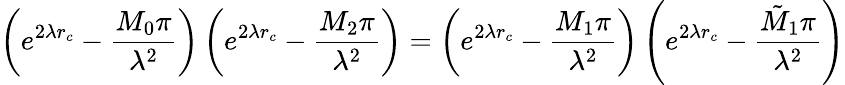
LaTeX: \left(e^{2\lambda r_{c}}-\frac{M_{0}\pi}{\lambda^{2}}\right)\left(e^{2\lambda r_{c}}-\frac{M_{2}\pi}{\lambda^{2}}\right)=\left(e^{2\lambda r_{c}}-\frac{M_{1}\pi}{\lambda^{2}}\right)\left(e^{2\lambda r_{c}}-\frac{\tilde{M}_{1}\pi}{\lambda^{2}}\right)